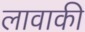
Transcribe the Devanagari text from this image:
लावाकी